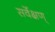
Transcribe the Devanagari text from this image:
सर्वेक्षण्